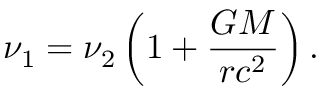
\nu _ { 1 } = \nu _ { 2 } \left( 1 + { \frac { G M } { r c ^ { 2 } } } \right) .